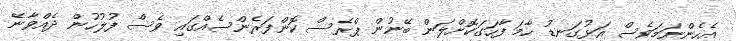
އެހެންނަމަވެސް އަޅުގަނޑު ހާމަ ފާހަގަކޮށްލަން ބޭނުން ޕްރެސް ކޮންފަރެންސެއްގައި ވެސް ފުލުހުން ދެއްވާނޭ